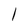
Character: 1